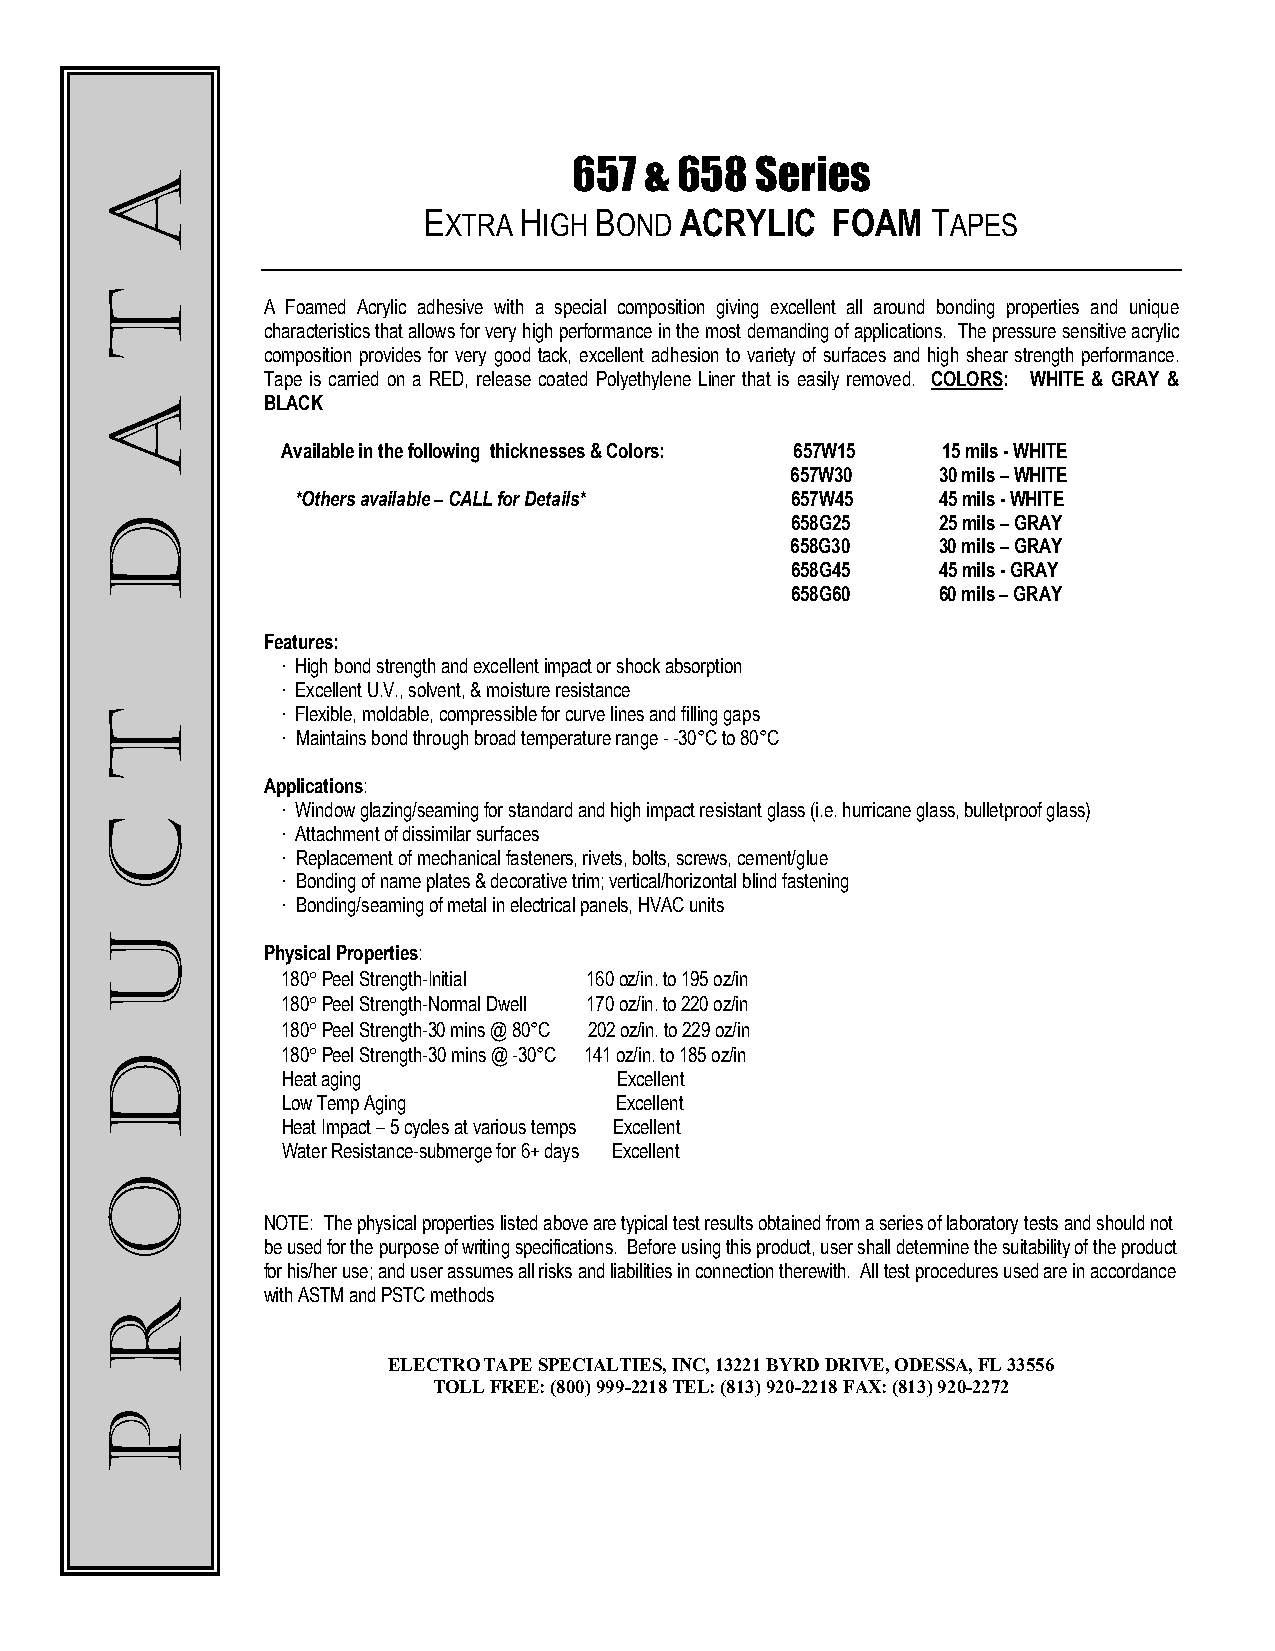
657  & 658  Series
 EXTRA HIGH BOND  ACRYLIC   FOAM   TAPES
 A Foamed Acrylic adhesive with a special composition giving excellent all around bonding properties and unique
 characteristics that allows for very high performance in the most demanding of applications. The pressure sensitive acrylic
 composition provides for very good tack, excellent adhesion to variety of surfaces and high shear strength performance.
 Tape is carried on a RED, release coated Polyethylene Liner that is easily removed. COLORS: WHITE & GRAY &
 BLACK
 Available in the following thicknesses & Colors: 657W15 15 mils - WHITE
 657W30    30 mils – WHITE
 *Others available – CALL for Details* 657W45 45 mils - WHITE
 658G25    25 mils – GRAY
 658G30    30 mils – GRAY
 658G45    45 mils - GRAY
 658G60    60 mils – GRAY
 Features:
 · High bond strength and excellent impact or shock absorption
 · Excellent U.V., solvent, & moisture resistance
 · Flexible, moldable, compressible for curve lines and filling gaps
 · Maintains bond through broad temperature range - -30°C to 80°C
 Applications:
 · Window glazing/seaming for standard and high impact resistant glass (i.e. hurricane glass, bulletproof glass)
 · Attachment of dissimilar surfaces
 · Replacement of mechanical fasteners, rivets, bolts, screws, cement/glue
 · Bonding of name plates & decorative trim; vertical/horizontal blind fastening
 · Bonding/seaming of metal in electrical panels, HVAC units
 Physical Properties:
 180° Peel Strength-Initial 160 oz/in. to 195 oz/in
 180° Peel Strength-Normal Dwell 170 oz/in. to 220 oz/in
 180° Peel Strength-30 mins @ 80°C 202 oz/in. to 229 oz/in
 180° Peel Strength-30 mins @ -30°C 141 oz/in. to 185 oz/in
 Heat aging            Excellent
 Low Temp Aging        Excellent
 Heat Impact – 5 cycles at various temps Excellent
 Water Resistance-submerge for 6+ days Excellent
 NOTE: The physical properties listed above are typical test results obtained from a series of laboratory tests and should not
 be used for the purpose of writing specifications. Before using this product, user shall determine the suitability of the product
 for his/her use; and user assumes all risks and liabilities in connection therewith. All test procedures used are in accordance
 with ASTM and PSTC methods
 ELECTRO TAPE SPECIALTIES, INC, 13221 BYRD DRIVE, ODESSA, FL 33556
 TOLL FREE: (800) 999-2218 TEL: (813) 920-2218 FAX: (813) 920-2272
 A
 T
 A
 D
 T
 C
 U
 D
 O
 R
 P